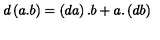
d \left( a . b \right) = \left( d a \right) . b + a . \left( d b \right)